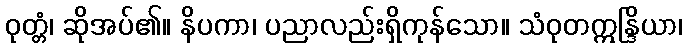
ဝုတ္တံ၊ ဆိုအပ်၏။ နိပကာ၊ ပညာလည်းရှိကုန်သော။ သံဝုတဣန္ဒြိယာ၊